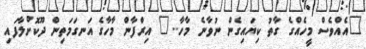
"އެއްވެސް މީހެއްގެ ގާތު ކިޔައިގެން ނުވާނެ މާހާ..." އިރްފާން މާހާގެ އަނގަމަތިން ދޫކޮށްލާފައި